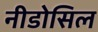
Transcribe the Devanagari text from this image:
नीडोसिल